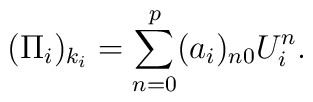
(\Pi _{i})_{k_{i}}=\sum_{n=0}^{p}(a_{i})_{n0}U_{i}^{n}.